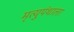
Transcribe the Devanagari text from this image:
मृत्युपंथाला